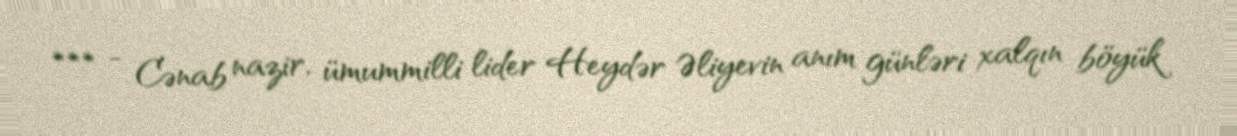
*** - Cənab nazir, ümummilli lider Heydər Əliyevin anım günləri xalqın böyük